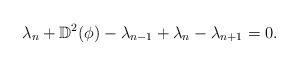
LaTeX: \begin{align*}\lambda_n + \mathbb D^2 (\phi) - \lambda_{n-1} + \lambda_n - \lambda_{n+1} = 0.\end{align*}